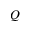
Q